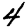
Digit: 4